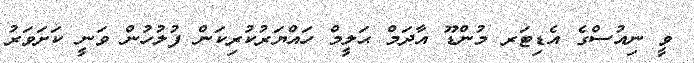
ވީ ނިއުސްގެ އެޑިޓަރ މުންޑޫ އާދަމް ޙަލީމް ހައްޔަރުކުރިކަން ފުލުހުން ވަނީ ކަށަވަރު